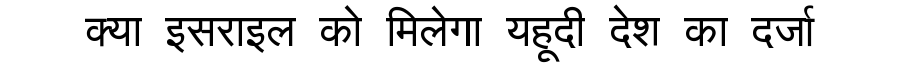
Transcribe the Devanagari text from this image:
क्या इसराइल को मिलेगा यहूदी देश का दर्जा